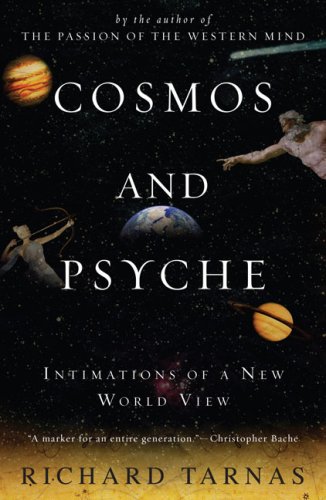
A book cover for Cosmos and Psyche: Intimations of a New World View; Richard Tarnas; Science & Math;